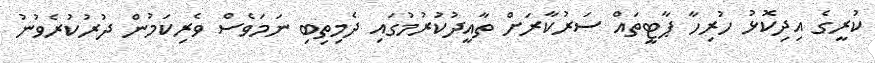
ކުރީގެ އިދިކޮޅު ހުރިހާ ޕާޓީތައް ސަރުކާރަށް ތާއީދުކުރުމުގައި ދެމިތިބި ނަމަވެސް ވެރިކަމުން ދުރުކުރެވުނު